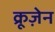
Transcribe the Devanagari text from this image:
क्रूज़ेन